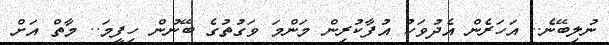
ނުލިބޭނެ.. އަހަރެން އެދުވަހު އުފާކުރިން މަންމަ ވަގުތުގެ ބޭނުން ހިފީމަ.. މާތް އަށް